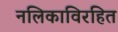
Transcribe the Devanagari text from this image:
नलिकाविरहित